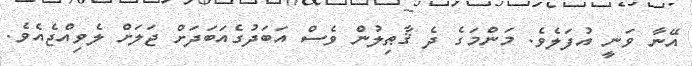
އޭނާ ވަނީ އުފަލެވެ. މަންމަގެ ދެ ޤާޠިލުން ވެސް އަބަދުގެއަބަދަށް ޖަލަށް ލެވިއްޖެއެވެ.